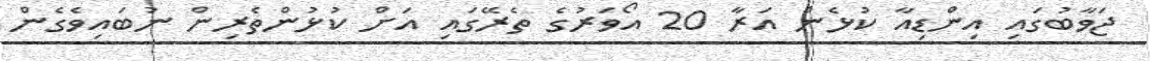
ޖަވާބުގައި އިންޑިއާ ކުޅެން އަރާ 20 އޯވަރުގެ ތެރޭގައި އަށް ކުޅުންތެރިން ނުބައިވެގެން